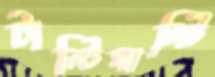
টাল্টিমাল্টি